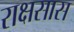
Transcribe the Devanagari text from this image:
राक्षसास